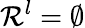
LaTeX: \mathcal{R}^{l}=\emptyset